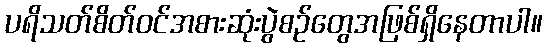
ပရိသတ်စိတ်ဝင်အစားဆုံးပွဲစဉ်တွေအဖြစ်ရှိနေတာပါ။